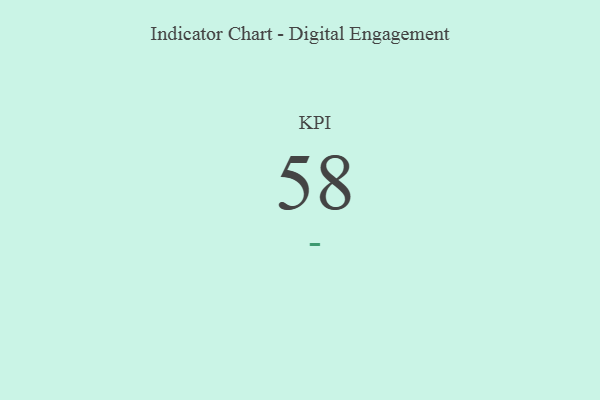
{"axis": {"x": "KPI", "y": "Value"}, "legend": [""], "data": [{"x": "KPI", "y": 58, "type": ""}]}